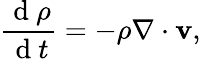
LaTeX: \frac{\mathrm{~d~}\rho}{\mathrm{~d~}t}=-\rho\nabla\cdot\mathbf{v},